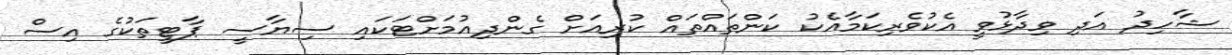
ޝާހިދު އަދި ވިދާޅުވީ އެކުވެރިކަމާއެކު ކަންތައްތައް ކުރިއަށް ގެންދިއުމަށްޓަކައި ސިޔާސީ ޕާޓީތަކުގެ އިސް